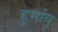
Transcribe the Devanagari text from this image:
हुमांयु